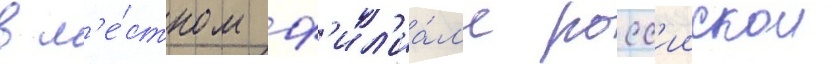
в м'е́стном ф'ил'иа́л'е росс'иискои